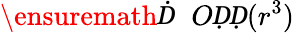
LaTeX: \ensuremath Ḋ\mathcal ḊOḌḌ(r^{3})